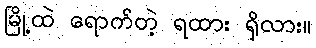
မြို့ထဲ ရောက်တဲ့ ရထား ရှိလား။